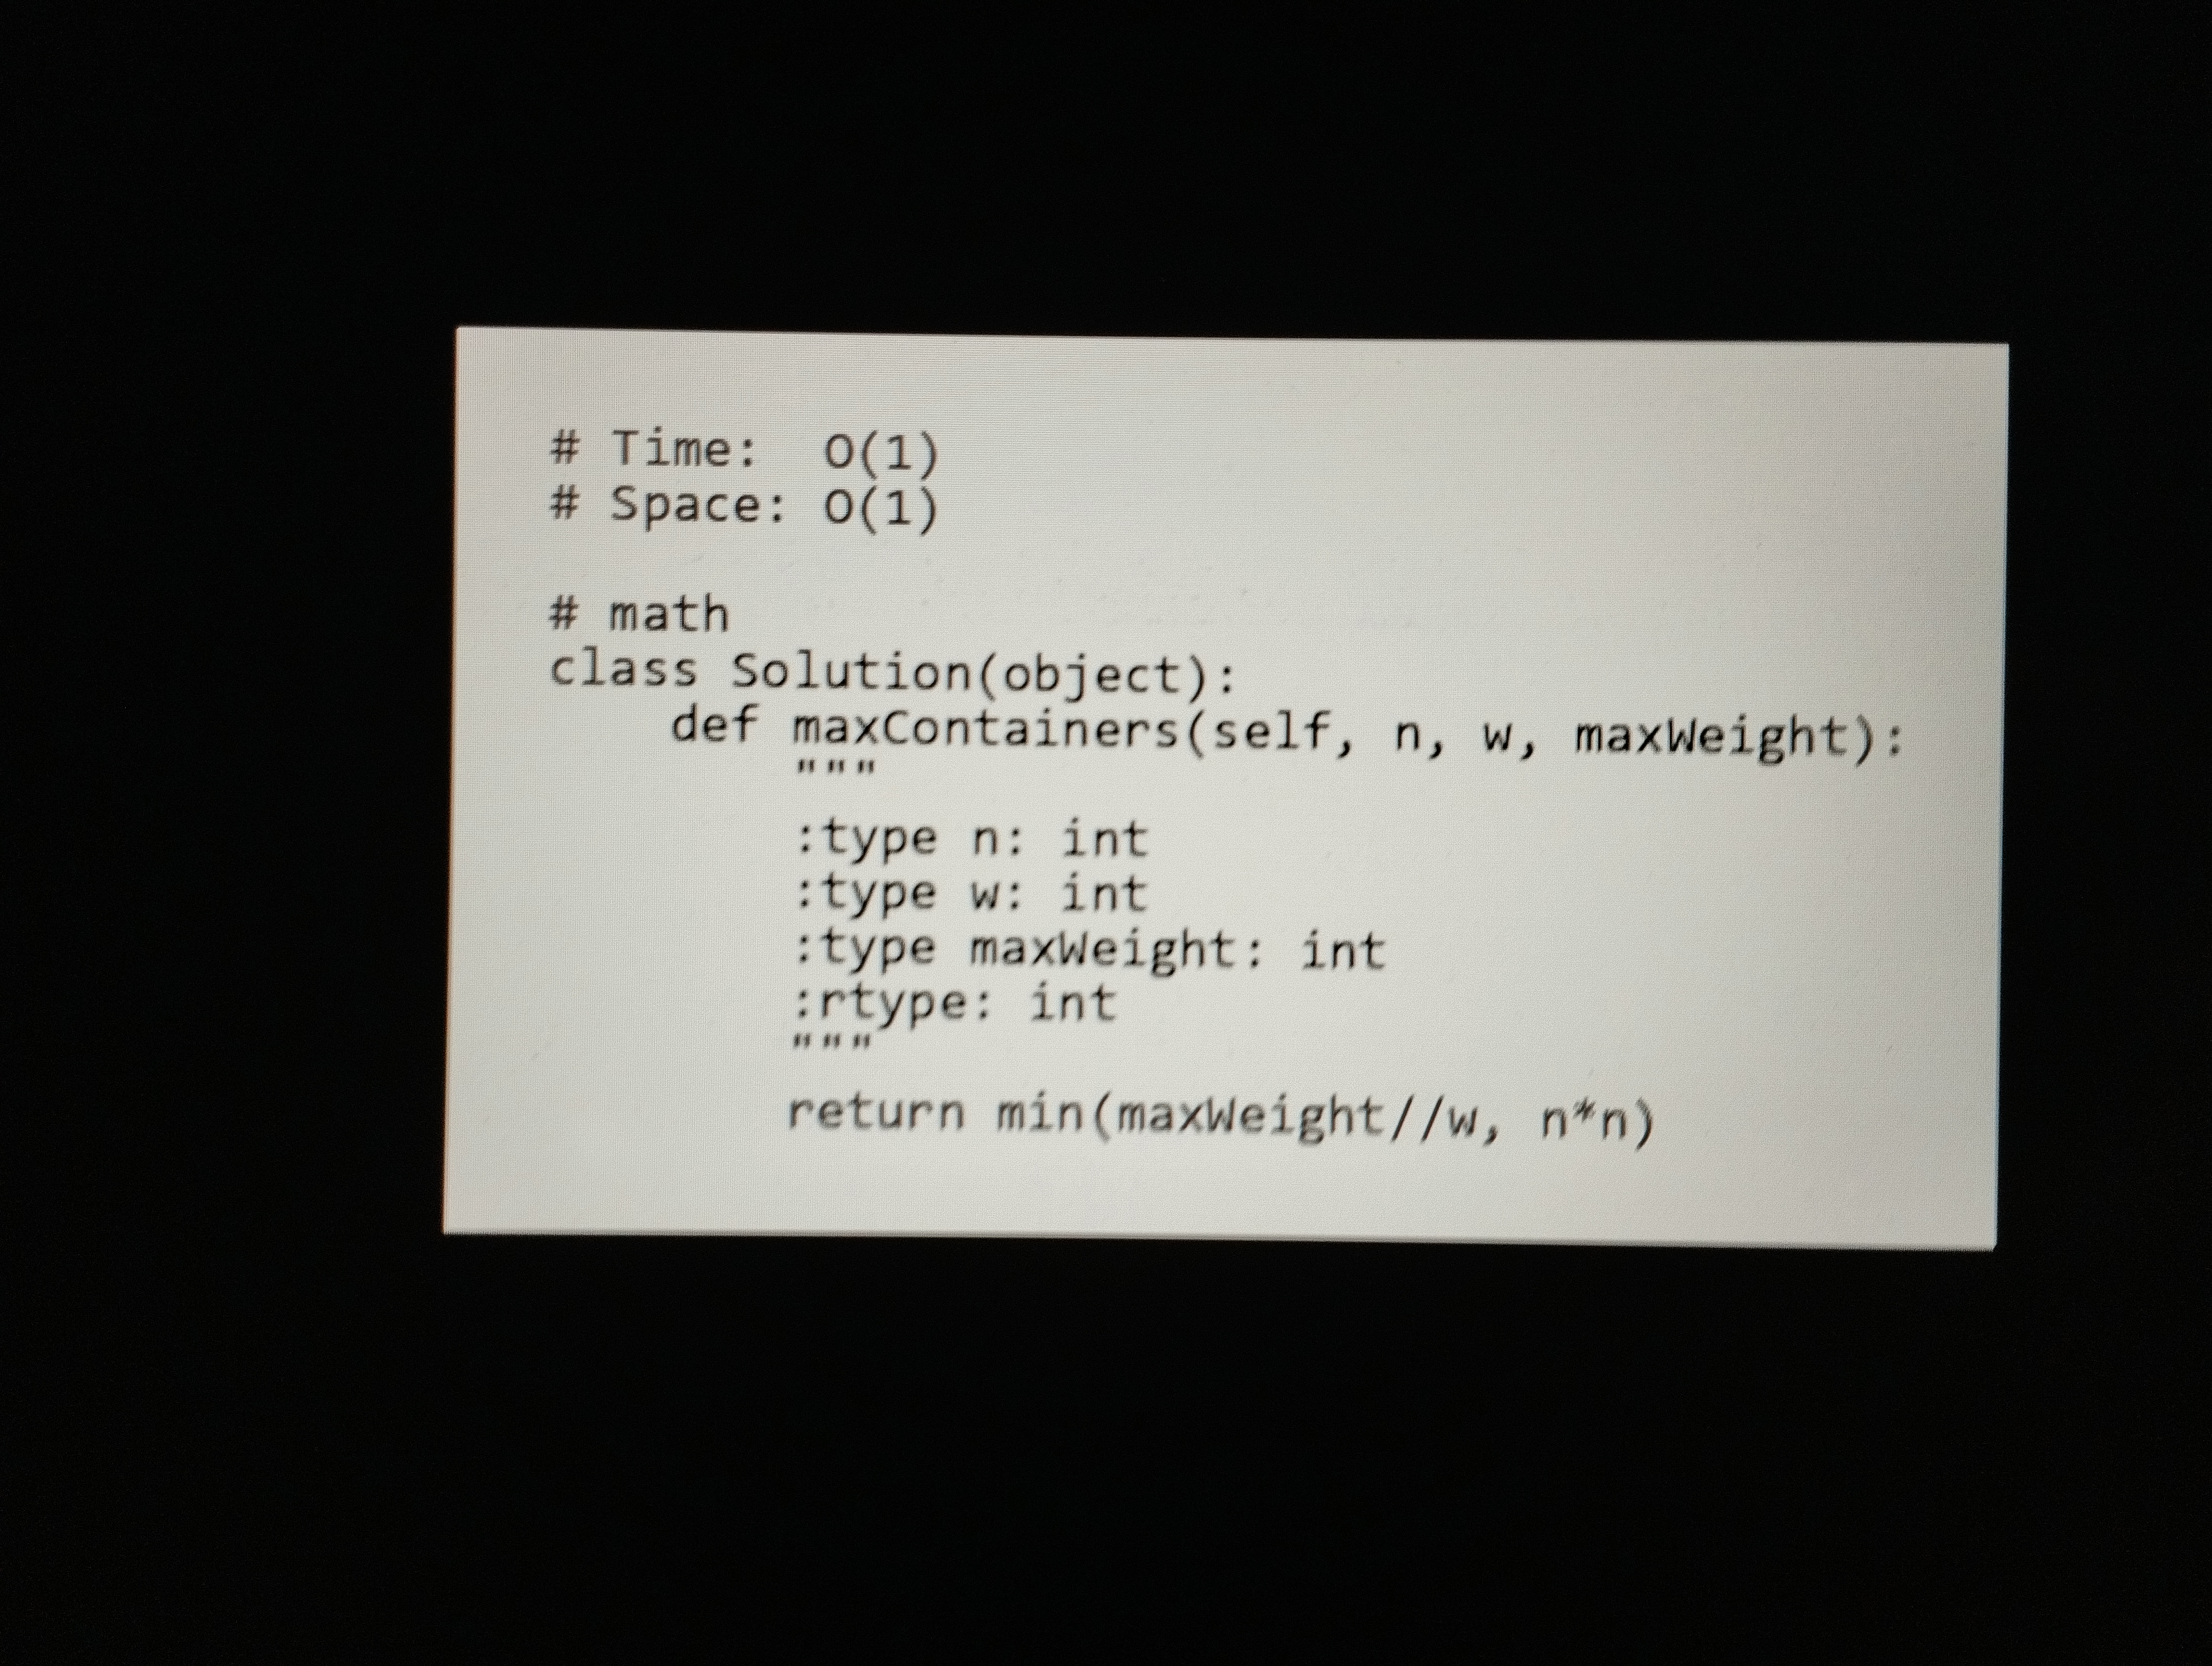
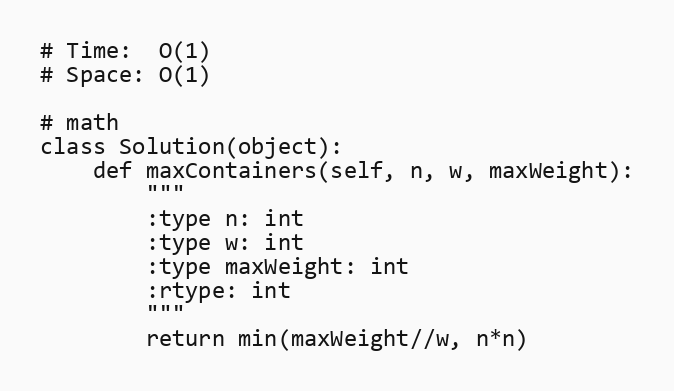
# Time:  O(1)
# Space: O(1)

# math
class Solution(object):
    def maxContainers(self, n, w, maxWeight):
        """
        :type n: int
        :type w: int
        :type maxWeight: int
        :rtype: int
        """
        return min(maxWeight//w, n*n)